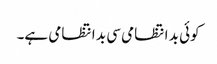
کوئی بد انتظامی سی بد انتظامی ہے۔